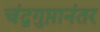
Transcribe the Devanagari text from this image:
चंद्रगुप्तानंतर